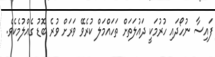
ފައިސާ ނުހޯދައި ހުރުމަކީ ދައުލަތަށް ތަހައްމަލް ކުރެވޭ ވަރަށް ވުރެ ބޮޑު ގެއްލުމެކެވެ.